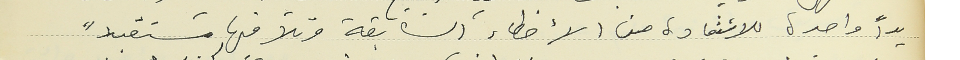
يداً واحدة للاستفادة من الأخطاء السابقة وتلافيها مستقبلاً